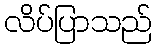
လိပ်ပြာသည်